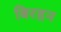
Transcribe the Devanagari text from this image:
बिरहन